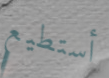
أستطيع